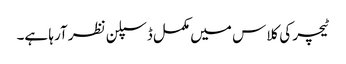
ٹیچر کی کلاس میں مکمل ڈسپلن نظر آرہا ہے۔